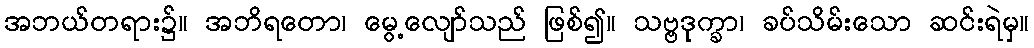
အဘယ်တရား၌။ အဘိရတော၊ မွေ့လျော်သည် ဖြစ်၍။ သဗ္ဗဒုက္ခာ၊ ခပ်သိမ်းသော ဆင်းရဲမှ။